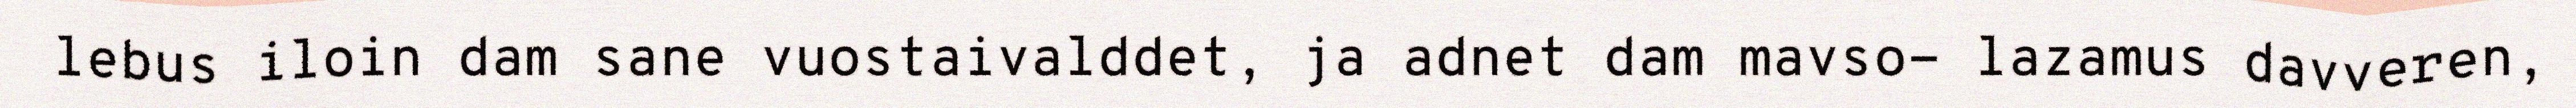
lebus iloin dam sane vuostaivalddet, ja adnet dam mavso- lazamus davveren,